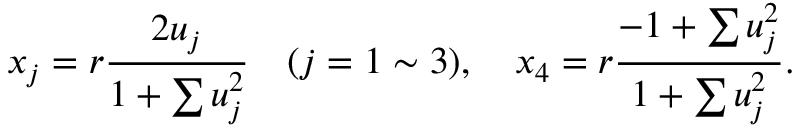
x _ { j } = r \frac { 2 u _ { j } } { 1 + \sum u _ { j } ^ { 2 } } \quad ( j = 1 \sim 3 ) , \quad x _ { 4 } = r \frac { - 1 + \sum u _ { j } ^ { 2 } } { 1 + \sum u _ { j } ^ { 2 } } .